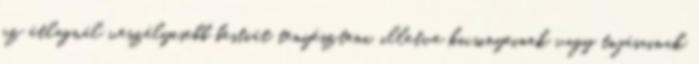
az átlagnál veszélyesebb bestiát tenyészteni, illetve kicsinyeinek vagy tojásainak